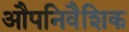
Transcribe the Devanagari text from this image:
औपनिवैशिक